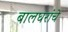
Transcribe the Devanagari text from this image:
बालघरांचे